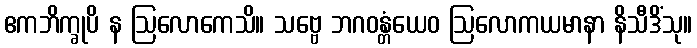
ဧကဘိက္ခုပိ န ဩလောကေသိ။ သဗ္ဗေ ဘဂဝန္တံယေဝ ဩလောကယမာနာ နိသီဒိံသု။